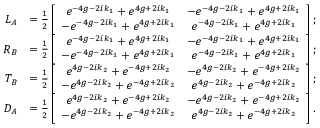
\begin{array} { r l } { L _ { A } } & { = \frac { 1 } { 2 } \left[ \begin{array} { c c } { e ^ { - 4 g - 2 i k _ { 1 } } + e ^ { 4 g + 2 i k _ { 1 } } } & { - e ^ { - 4 g - 2 i k _ { 1 } } + e ^ { 4 g + 2 i k _ { 1 } } } \\ { - e ^ { - 4 g - 2 i k _ { 1 } } + e ^ { 4 g + 2 i k _ { 1 } } } & { e ^ { - 4 g - 2 i k _ { 1 } } + e ^ { 4 g + 2 i k _ { 1 } } } \end{array} \right] ; } \\ { R _ { B } } & { = \frac { 1 } { 2 } \left[ \begin{array} { c c } { e ^ { - 4 g - 2 i k _ { 1 } } + e ^ { 4 g + 2 i k _ { 1 } } } & { - e ^ { - 4 g - 2 i k _ { 1 } } + e ^ { 4 g + 2 i k _ { 1 } } } \\ { - e ^ { - 4 g - 2 i k _ { 1 } } + e ^ { 4 g + 2 i k _ { 1 } } } & { e ^ { - 4 g - 2 i k _ { 1 } } + e ^ { 4 g + 2 i k _ { 1 } } } \end{array} \right] ; } \\ { T _ { B } } & { = \frac { 1 } { 2 } \left[ \begin{array} { c c } { e ^ { 4 g - 2 i k _ { 2 } } + e ^ { - 4 g + 2 i k _ { 2 } } } & { - e ^ { 4 g - 2 i k _ { 2 } } + e ^ { - 4 g + 2 i k _ { 2 } } } \\ { - e ^ { 4 g - 2 i k _ { 2 } } + e ^ { - 4 g + 2 i k _ { 2 } } } & { e ^ { 4 g - 2 i k _ { 2 } } + e ^ { - 4 g + 2 i k _ { 2 } } } \end{array} \right] ; } \\ { D _ { A } } & { = \frac { 1 } { 2 } \left[ \begin{array} { c c } { e ^ { 4 g - 2 i k _ { 2 } } + e ^ { - 4 g + 2 i k _ { 2 } } } & { - e ^ { 4 g - 2 i k _ { 2 } } + e ^ { - 4 g + 2 i k _ { 2 } } } \\ { - e ^ { 4 g - 2 i k _ { 2 } } + e ^ { - 4 g + 2 i k _ { 2 } } } & { e ^ { 4 g - 2 i k _ { 2 } } + e ^ { - 4 g + 2 i k _ { 2 } } } \end{array} \right] . } \end{array}